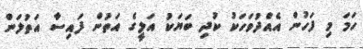
ހަމަ މި ފަހުން އެއްދުވަހަކު ކުދި ބަޔަކު އަލީގެ އަތުން ފައިސާ އަތުލަން